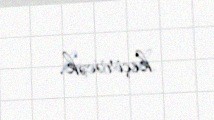
keçirəcək.